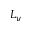
L _ { y }